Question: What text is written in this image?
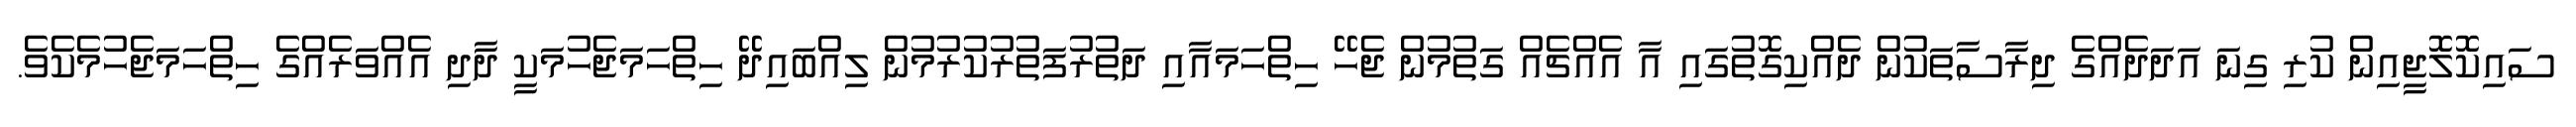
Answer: ސައިކޮލޮޖީއިން ކުރި ގިނަ އަދަދެއްގެ ދިރާސާތަކުން ދެއްކިގޮތުގައި އާ އެއްޗެއް ގަތުމުން ޖެހޭ ހިތްހަމައާއި ދަތުރުފަތުރުކުރުމުން ލިއްބައިދޭ ހިތްހަމަޖެހުމަކީ ދާދި އެއްވަރެއްގެ ހިތްހަމަޖެހުމެކެވެ.